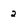
Character: 2